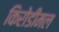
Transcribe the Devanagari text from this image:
किरोडीमल